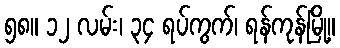
၅၈။ ၁၂ လမ်း၊ ၃၄ ရပ်ကွက်၊ ရန်ကုန်မြို့။